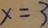
x = 3